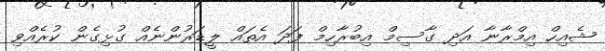
ޝެއިހް އިމްރާނާ އަދި ގާސިމް އިބުރާހިމް ފަދަ އެތައް ލީޑަރުންނެއް ގުޅިގެން ކުރެއްވި